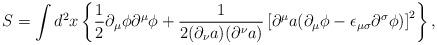
LaTeX: \begin{align*}S=\int d^{2}x\left\{{\frac 1 2}{\partial}_{\mu}{\phi}{\partial}^{\mu}{\phi}+\frac{1}{2({\partial}_{\nu}a)({\partial}^{\nu}a)}\left[{\partial}^{\mu}a({\partial}_{\mu}{\phi}-{\epsilon}_{{\mu}{\sigma}}{\partial}^{\sigma}{\phi})\right]^2\right\},\end{align*}